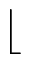
\lfloor